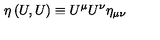
\eta \left( U , U \right) \equiv U ^ { \mu } U ^ { \nu } \eta _ { \mu \nu }